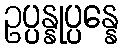
ဥပ္ပန္နုပ္ပန္နေ